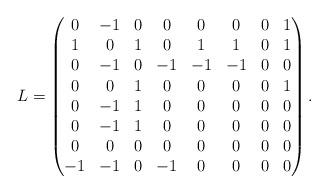
LaTeX: \begin{align*}L = \left(\begin{matrix} 0&-1&0&0&0&0&0&1\\ 1&0&1&0&1&1&0&1\\ 0&-1&0&-1&-1&-1&0&0\\ 0&0&1&0&0&0&0&1\\ 0&-1&1&0&0&0&0&0\\ 0&-1&1&0&0&0&0&0\\ 0&0&0&0&0&0&0&0\\ -1&-1&0&-1&0&0&0&0 \end{matrix}\right).\end{align*}